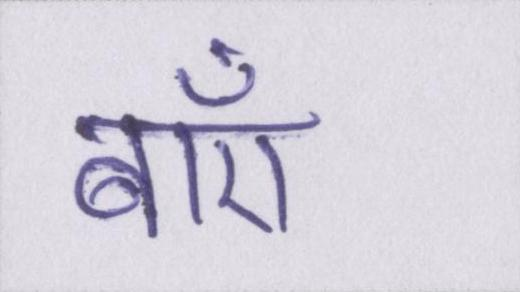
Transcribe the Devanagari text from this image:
बाएँ